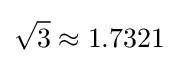
{\sqrt {3}}\approx 1.7321